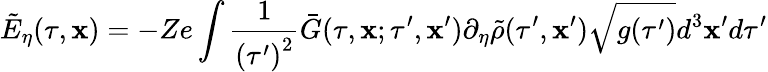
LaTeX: \tilde{E}_{\eta}(\tau,\mathbf{x})=-Ze\int\frac{1}{{(\tau^{\prime})}^{2}}\bar{G}(\tau,\mathbf{x};\tau^{\prime},\mathbf{x}^{\prime})\partial_{\eta}\tilde{\rho}(\tau^{\prime},\mathbf{x}^{\prime})\sqrt{g(\tau^{\prime})}d^{3}\mathbf{x}^{\prime}d\tau^{\prime}